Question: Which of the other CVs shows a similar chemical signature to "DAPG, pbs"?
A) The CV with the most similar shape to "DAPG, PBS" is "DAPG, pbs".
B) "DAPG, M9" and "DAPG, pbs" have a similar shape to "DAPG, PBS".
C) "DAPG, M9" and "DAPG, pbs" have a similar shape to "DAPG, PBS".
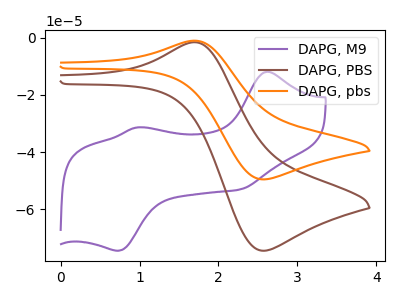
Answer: <think>The purple curve "DAPG, M9" has anodic peaks at (2.60V, -11.95uA) (0.95V, -31.35uA) and cathodic peaks at (2.25V, -53.05uA) (0.70V, -74.45uA). The brown curve "DAPG, PBS" has an anodic peak at (1.70V, -1.60uA) and a cathodic peak at (2.55V, -74.45uA). The orange curve "DAPG, pbs" has an anodic peak at (1.70V, -1.05uA) and a cathodic peak at (2.55V, -49.50uA).
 "DAPG, M9" and "DAPG, PBS" have a different number of peaks. "DAPG, M9" and "DAPG, pbs" have a different number of peaks. All the peaks in "DAPG, PBS" have a peak in "DAPG, pbs" at the same potential.</think>
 <answer>A) The CV with the most similar shape to "DAPG, PBS" is "DAPG, pbs".</answer>
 <eval>A</eval>